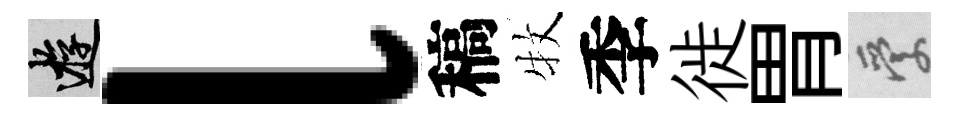
游l稿牧季徙胃愛